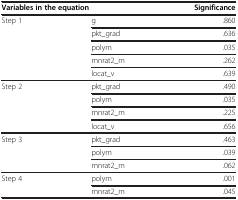
<table><thead><tr><td colspan="2"><b>Variables in the equation</b></td><td><b>Significance</b></td></tr></thead><tbody><tr><td rowspan="5">Step 1</td><td>g</td><td>.860</td></tr><tr><td>pkt_grad</td><td>.636</td></tr><tr><td>polym</td><td>.035</td></tr><tr><td>mnrat2_m</td><td>.262</td></tr><tr><td>locat_v</td><td>.639</td></tr><tr><td rowspan="4">Step 2</td><td>pkt_grad</td><td>.490</td></tr><tr><td>polym</td><td>.035</td></tr><tr><td>mnrat2_m</td><td>.225</td></tr><tr><td>locat_v</td><td>.656</td></tr><tr><td rowspan="3">Step 3</td><td>pkt_grad</td><td>.463</td></tr><tr><td>polym</td><td>.039</td></tr><tr><td>mnrat2_m</td><td>.062</td></tr><tr><td rowspan="2">Step 4</td><td>polym</td><td>.001</td></tr><tr><td>mnrat2_m</td><td>.045</td></tr></tbody></table>